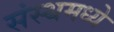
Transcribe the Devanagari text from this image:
संस्थमध्ये